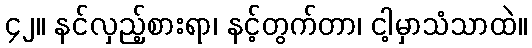
၄၂။ နင်လှည့်စားရာ၊ နင့်တွက်တာ၊ ငါ့မှာသံသာထဲ။